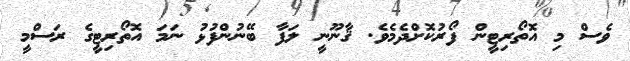
ވެސް މި އޮތޯރިޓީން ފޯރުކޮށްދެމެވެ. ޤާނޫނީ ލަފާ ބޭނުންފުޅު ނަމަ އޮތޯރިޓީގެ ރަސްމީ